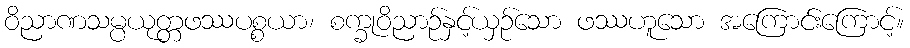
ဝိညာဏသမ္ပယုတ္တဖဿပစ္စယာ၊ စက္ခုဝိညာဉ်နှင့်ယှဉ်သော ဖဿဟူသော အကြောင်းကြောင့်။